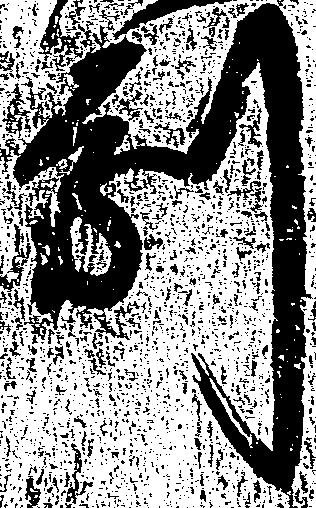
副